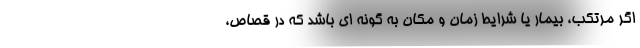
اگر مرتکب، بیمار یا شرایط زمان و مکان به گونه ای باشد که در قصاص،